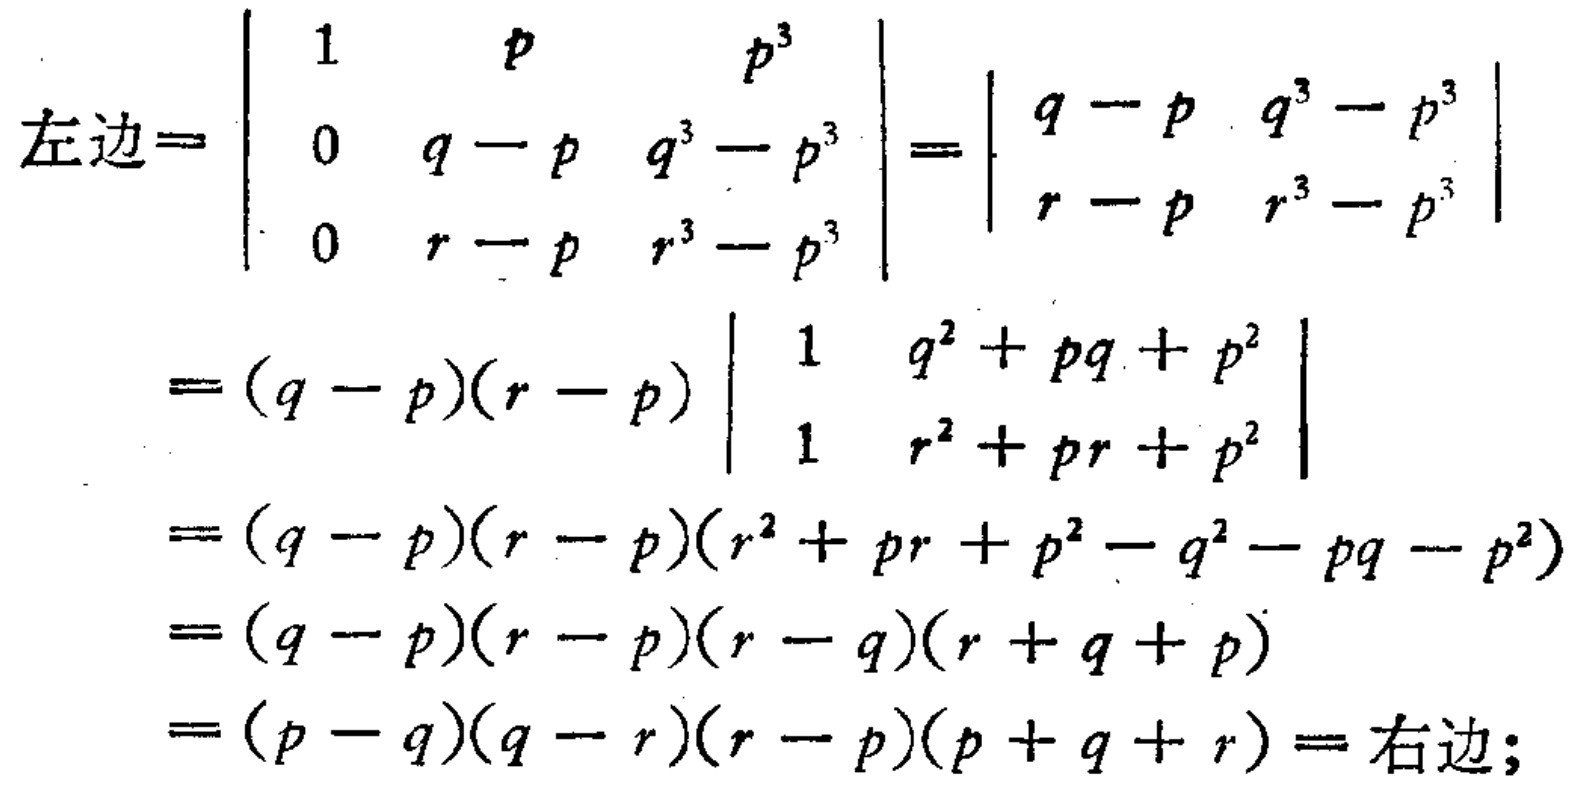
\[
\begin{align*}
左边&=\begin{vmatrix}
1&p&p^{3}\\
0&q - p&q^{3}-p^{3}\\
0&r - p&r^{3}-p^{3}
\end{vmatrix}=\begin{vmatrix}
q - p&q^{3}-p^{3}\\
r - p&r^{3}-p^{3}
\end{vmatrix}\\
&=(q - p)(r - p)\begin{vmatrix}
1&q^{2}+pq + p^{2}\\
1&r^{2}+pr + p^{2}
\end{vmatrix}\\
&=(q - p)(r - p)(r^{2}+pr + p^{2}-q^{2}-pq - p^{2})\\
&=(q - p)(r - p)(r - q)(r + q + p)\\
&=(p - q)(q - r)(r - p)(p + q + r)=右边;
\end{align*}
\]